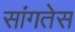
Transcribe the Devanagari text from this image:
सांगतेस